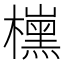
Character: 𣝙